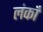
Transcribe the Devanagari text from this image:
लंकाँ